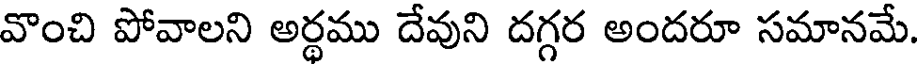
వొంచి పోవాలని అర్థము దేవుని దగ్గర అందరూ సమానమే.